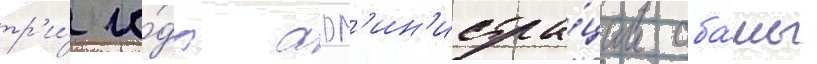
тр'и́ го́да адм'ин'истра́ции оба́мы